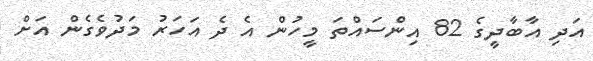
އަދި އާބާދީގެ 82 އިންސައްތަ މީހުން އެ ދެ އަހަރު މަދުވެގެން އަށް